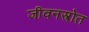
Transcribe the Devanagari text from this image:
जीवनस्त्रोत